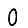
Digit: 0